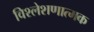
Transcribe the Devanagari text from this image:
विश्लेशणात्मक